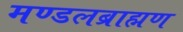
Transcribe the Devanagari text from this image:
मण्डलब्राह्मण